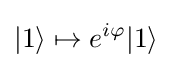
|1\rangle \mapsto e^{i\varphi }|1\rangle